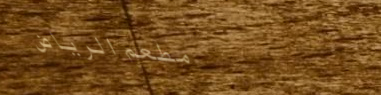
مطعم الرياض